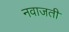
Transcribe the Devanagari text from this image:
नवाजती